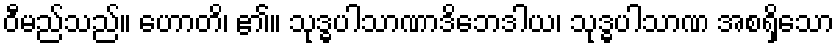
ဝီမည်သည်။ ဟောတိ၊ ၏။ သုဒ္ဓပါသာဏာဒိဘေဒါယ၊ သုဒ္ဓပါသာဏ အစရှိသော